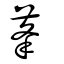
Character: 莑